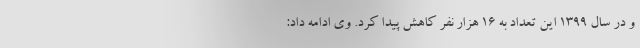
و در سال ۱۳۹۹ این تعداد به ۱۶ هزار نفر کاهش پیدا کرد. وی ادامه داد: